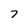
Character: 7